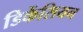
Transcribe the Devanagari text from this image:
डिकेंसियन